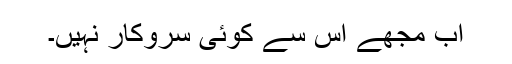
اب مجھے اس سے کوئی سروکار نہیں۔